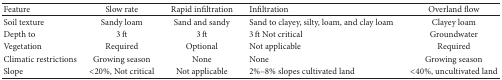
<table><thead><tr><td><b>Feature</b></td><td><b>Slow rate</b></td><td><b>Rapid infiltration</b></td><td><b>Infiltration</b></td><td><b>Overland flow</b></td></tr></thead><tbody><tr><td>Soil texture</td><td>Sandy loam</td><td>Sand and sandy</td><td>Sand to clayey, silty, loam, and clay loam </td><td>Clayey loam</td></tr><tr><td>Depth to </td><td>3 ft</td><td>3 ft</td><td>3 ft Not critical </td><td>Groundwater </td></tr><tr><td>Vegetation </td><td>Required</td><td>Optional</td><td>Not applicable </td><td>Required</td></tr><tr><td>Climatic restrictions </td><td>Growing season</td><td>None </td><td>None</td><td>Growing season</td></tr><tr><td>Slope</td><td>&lt;20%, Not critical </td><td>Not applicable</td><td>2%–8% slopes cultivated land </td><td>&lt;40%, uncultivated land</td></tr></tbody></table>